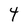
Character: 4